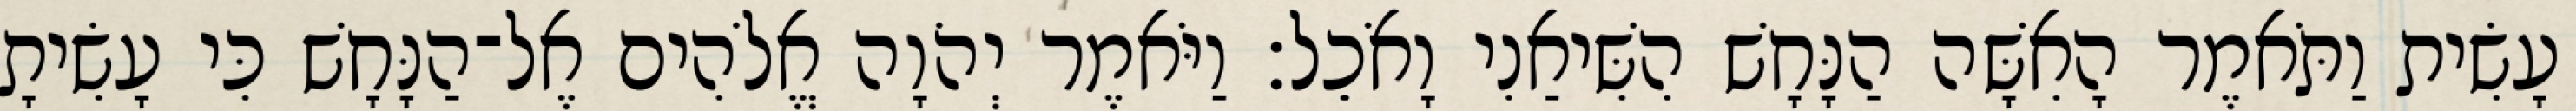
עָשִׂית וַתֹּאמֶר הָאִשָּׁה הַנָּחָשׁ הִשִּׁיאַנִי וָאֹכֵל׃ וַיֹּאמֶר יְהֹוָה אֱלֹהִים אֶל־הַנָּחָשׁ כִּי עָשִׂיתָ